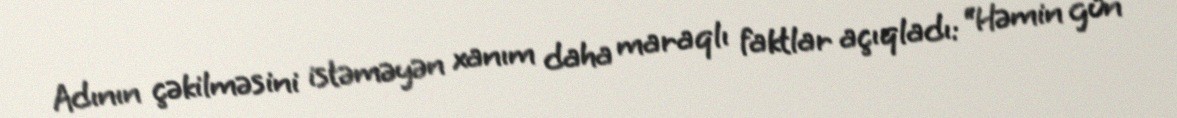
Adının çəkilməsini istəməyən xanım daha maraqlı faktlar açıqladı: “Həmin gün